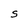
Character: S